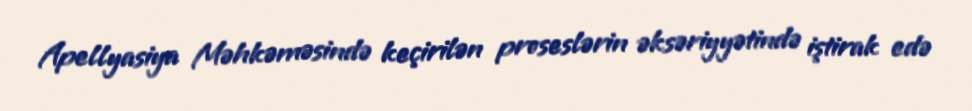
Apellyasiya Məhkəməsində keçirilən proseslərin əksəriyyətində iştirak edə